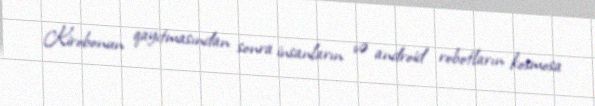
Kirobonun qayıtmasından sonra insanların və android robotların kosmosa